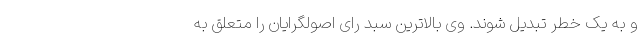
و به یک خطر تبدیل شوند. وی بالاترین سبد رای اصولگرایان را متعلق به